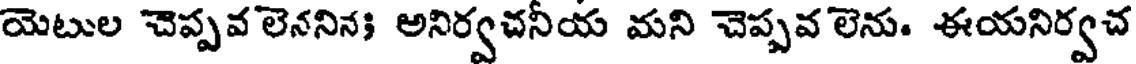
యెటుల చెప్పవ లెననిన; అనిర్వచనీయ మని చెప్పవ లెను. ఈయనిర్వచ